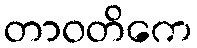
တာဝတိကေ